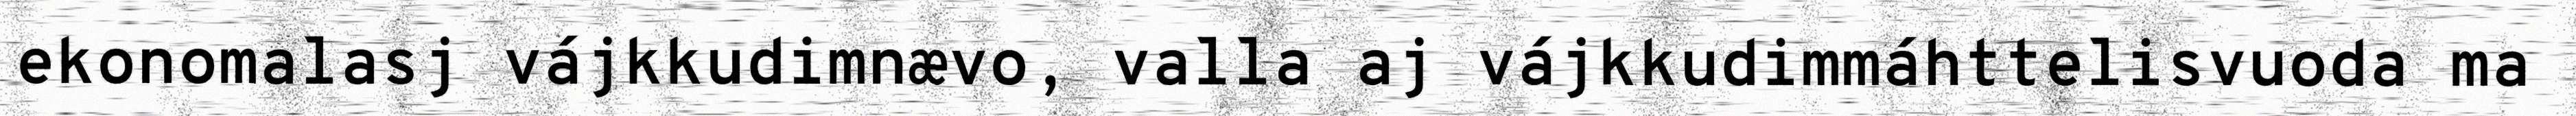
ekonomalasj vájkkudimnævo, valla aj vájkkudimmáhttelisvuoda ma